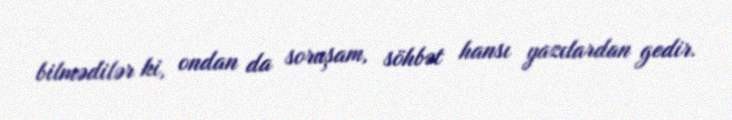
bilmədilər ki, ondan da soruşam, söhbət hansı yazılardan gedir.